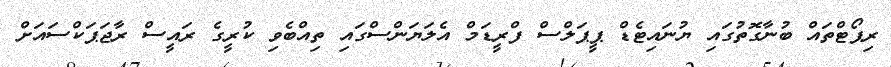
ރިޕޯޓްތައް ބުނާގޮތުގައި ޔުނައިޓެޑް ޕީޕަލްސް ފްރީޑަމް އެލަޔަންސްގައި ތިއްބެވި ކުރީގެ ރައީސް ރާޖަޕަކްސައަށް